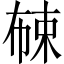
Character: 𱣦